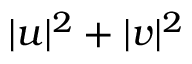
| u | ^ { 2 } + | v | ^ { 2 }